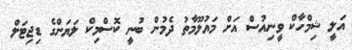
އަލީ ޝިމްހާކް ވީނިއުސް އަށް މައުލޫމާތު ދެމުން ބުނީ ކޮސްމިކް ލަޔަންގެ ޑިޖިޓަލް